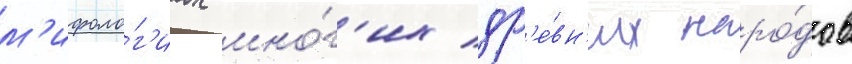
м'ифоло́г'иах мно́г'их др'е́вн'их наро́дов